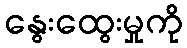
နွေးထွေးမှုကို